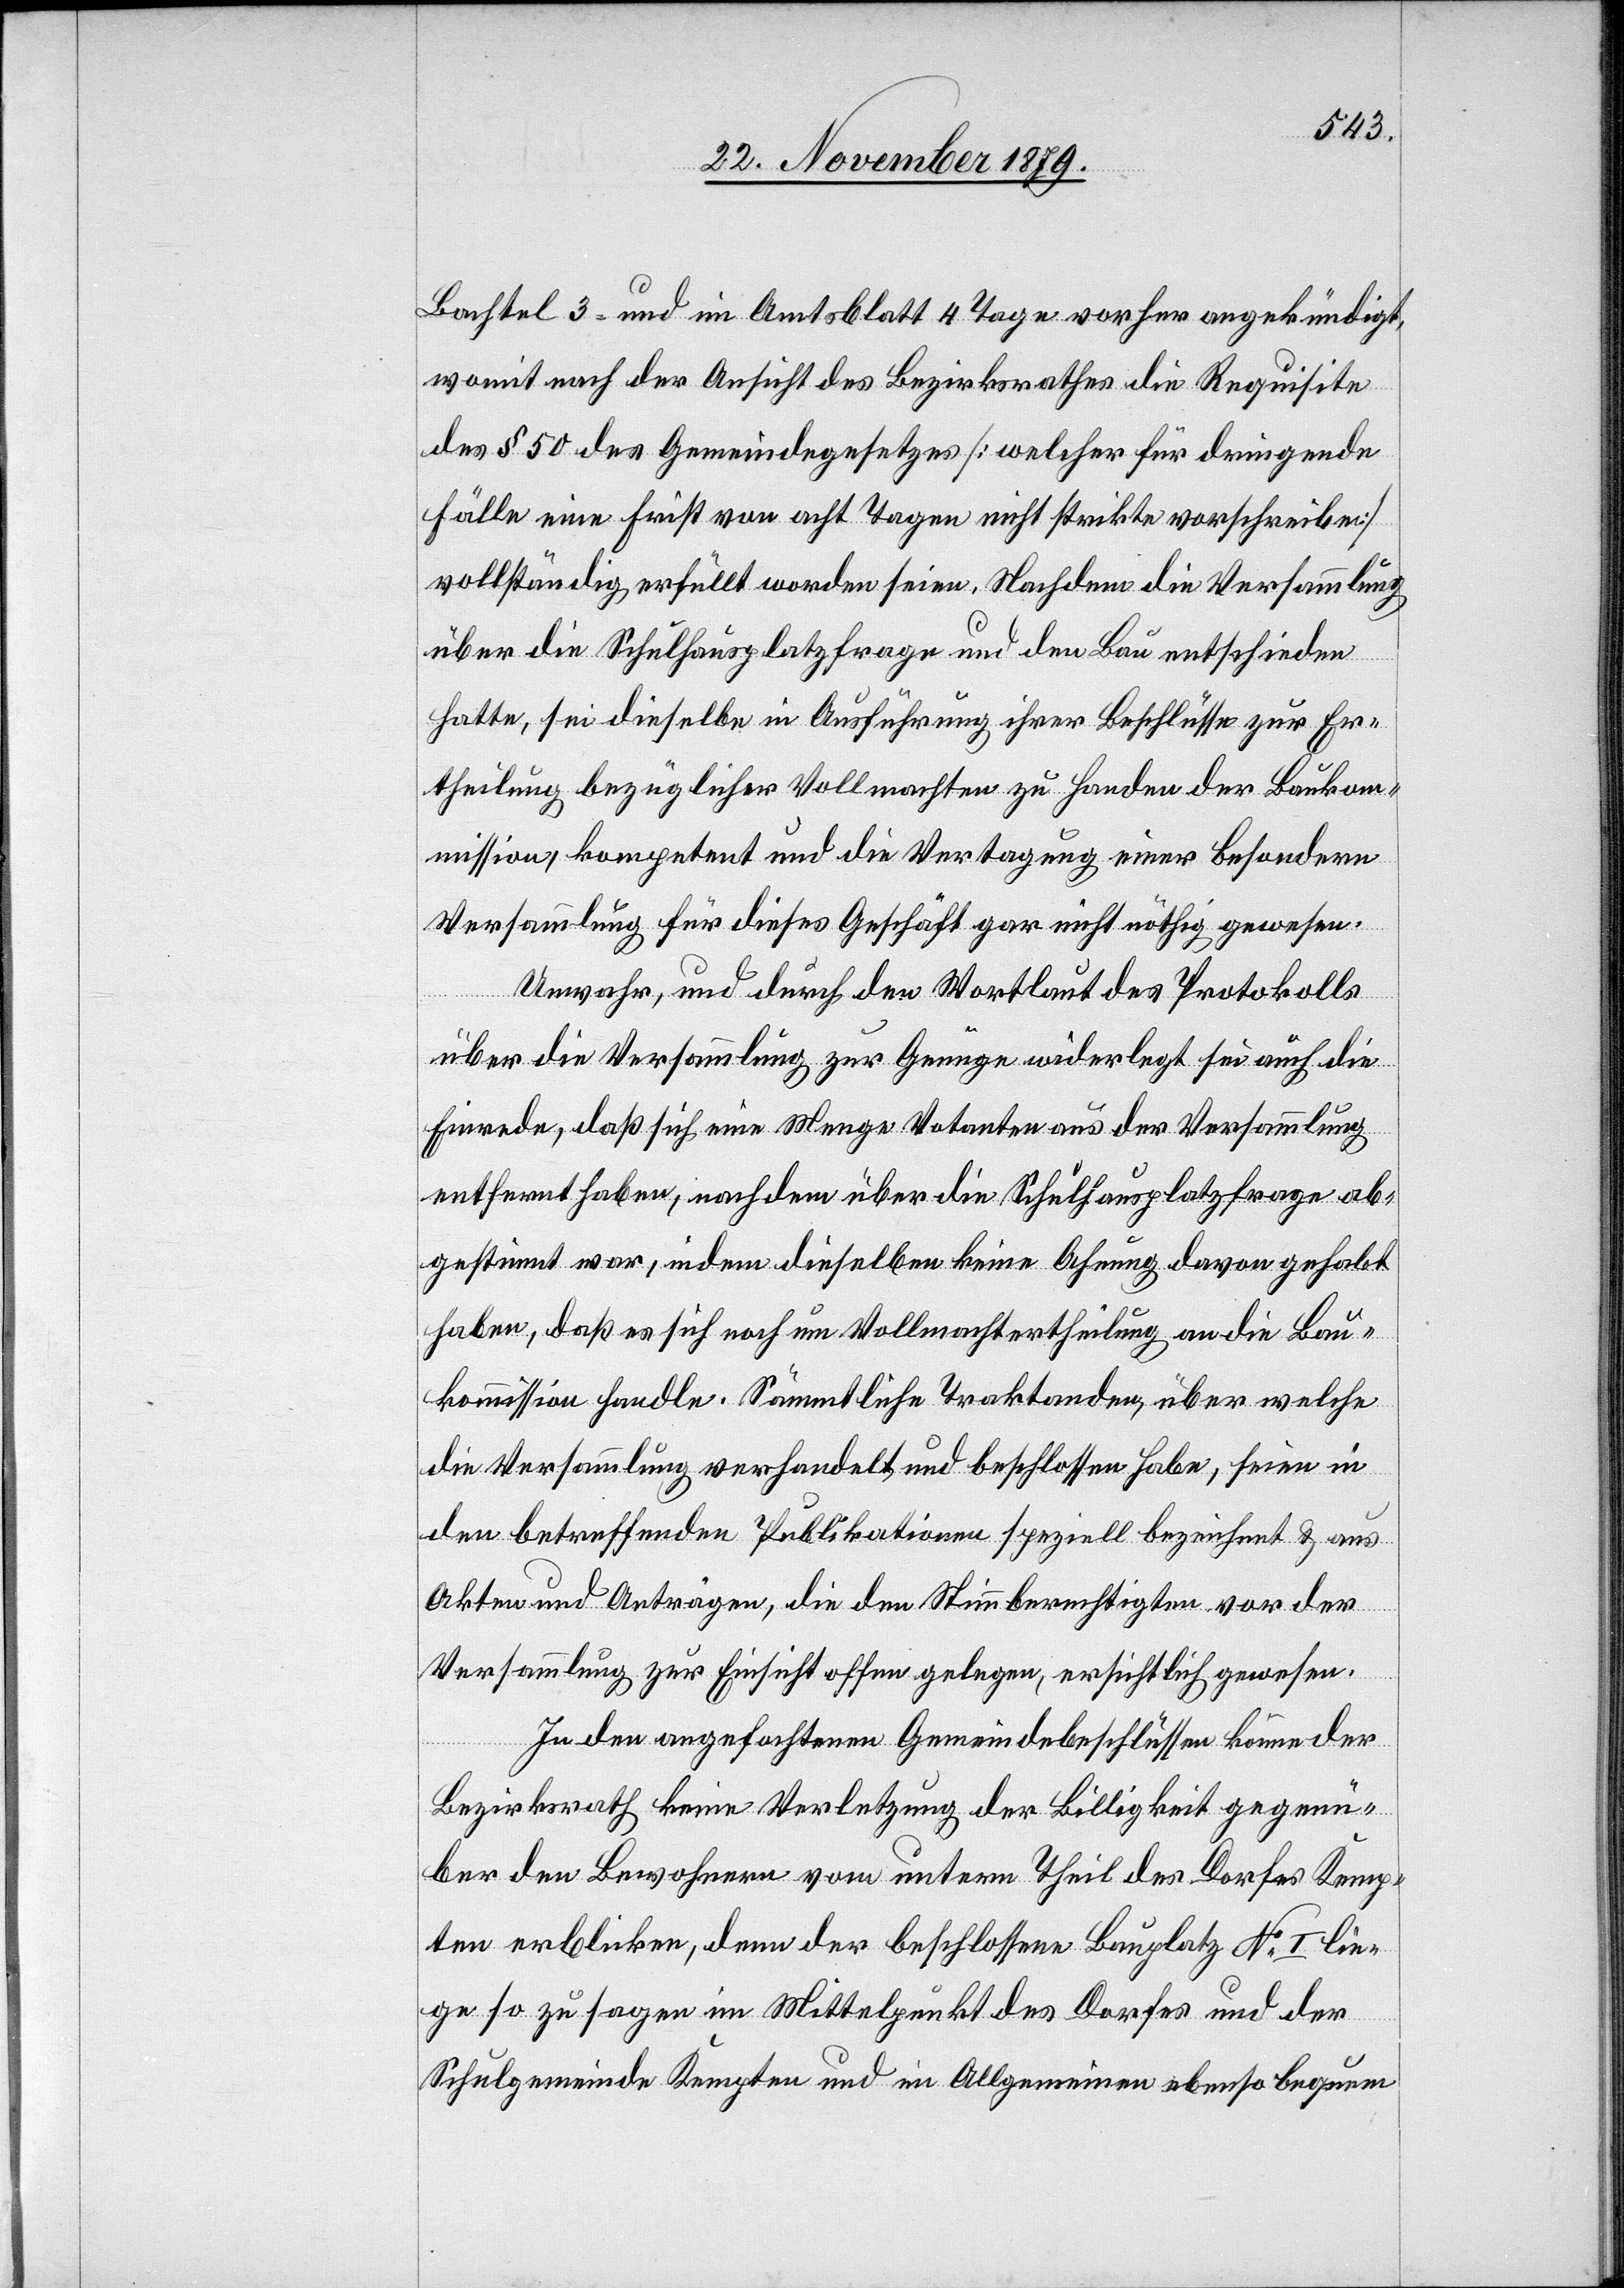
Bachtel 3 und im Amtsblatt 4 Tage vorher angekündigt,
womit nach der Ansicht des Bezirksrathes die Requisite
des § 50 des Gemeindegesetzes [welcher für dringende
Fälle eine Frist von acht Tagen nicht strikte vorschreibe]
vollständig erfüllt worden seien. Nachdem die Versammlung
über die Schulhausplatzfrage und den Bau entschieden
hatte, sei dieselbe in Ausführung ihrer Beschlüsse zur Er¬
theilung bezüglicher Vollmachten zu Handen der Bauko¬
mmission, kompetent und die Vertagung einer besondern
Versammlung für dieses Geschäft gar nicht nöthig gewesen.
Unwahr, und durch den Wortlaut des Protokolls
über die Versammlung zur Genüge widerlegt sei auch die
Einrede, daß sich eine Menge Votanten aus der Versammlung
entfernt haben, nachdem über die Schulhausplatzfrage ab¬
gestimmt war, indem dieselben keine Ahnung davon gehabt
haben, daß es sich noch um Vollmachtertheilung an die Bau¬
kommission handle. Sämmtliche Traktanden, über welche
die Versammlung verhandelt und beschlossen habe, seien in
den betreffenden Publikationen speziell bezeichnet & aus
Akten und Anträgen, die den Stimmberechtigten vor der
Versammlung zur Einsicht offengelegen, ersichtlich gewesen.
In den angefochtenen Gemeindebeschlüssen könne der
Bezirksrath keine Verletzung der Billigkeit gegenü¬
ber den Bewohnern vom untern Theil des Dorfes Kemp¬
ten erblicken, denn der beschlossene Bauplatz No I lie¬
ge so zu sagen im Mittelpunkt des Dorfes und der
Schulgemeinde Kempten und im Allgemeinen ebenso bequem